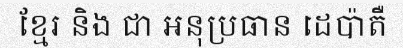
ខ្មែរ និង ជា អនុប្រធាន ដេប៉ាតឺ